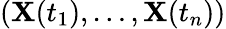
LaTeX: (\mathbf{X}(t_{1}),\ldots,\mathbf{X}(t_{n}))